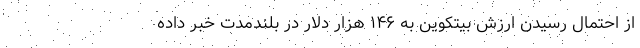
از احتمال رسیدن ارزش بیتکوین به ۱۴۶ هزار دلار در بلندمدت خبر داده